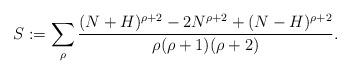
LaTeX: \begin{align*}S &:= \sum_{\rho} \frac{(N+H)^{\rho +2} - 2 N^{\rho+2} +(N-H)^{\rho +2} }{\rho (\rho + 1)(\rho + 2)}.\end{align*}